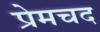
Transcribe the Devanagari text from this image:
प्रेमचद